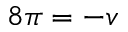
8 \pi = - v